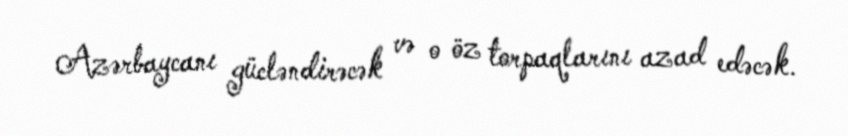
Azərbaycanı gücləndirəcək və o öz torpaqlarını azad edəcək.